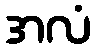
အလံ